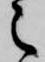
之